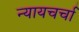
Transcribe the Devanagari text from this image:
न्यायचर्चा